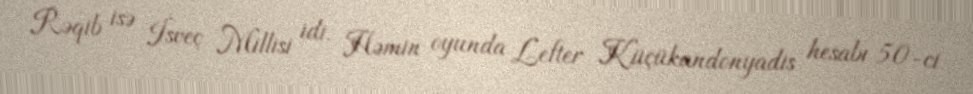
Rəqib isə İsveç Millisi idi. Həmin oyunda Lefter Küçükandonyadis hesabı 50-ci